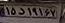
۱۵د۱۹۱۶۷